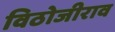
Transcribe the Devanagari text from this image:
विठोजीराव